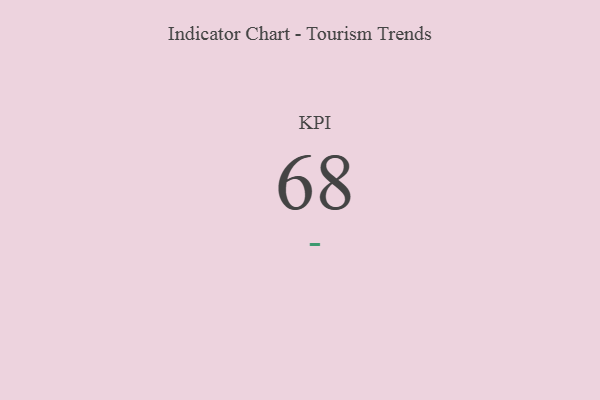
{"axis": {"x": "KPI", "y": "Value"}, "legend": [""], "data": [{"x": "KPI", "y": 68, "type": ""}]}